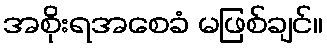
အစိုးရအစေခံ မဖြစ်ချင်။